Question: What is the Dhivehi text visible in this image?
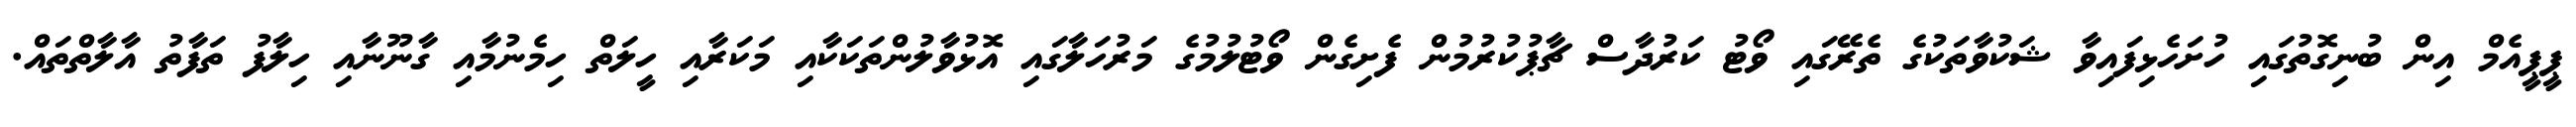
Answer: ޕީޕީއެމް އިން ބުނިގޮތުގައި ހުށަހެޅިފައިވާ ޝަކުވާތަކުގެ ތެރޭގައި ވޯޓު ކަރުދާސް ޗާޕުކުރުމުން ފެށިގެން ވޯޓުލުމުގެ މަރުހަލާގައި އޮޅުވާލުންތަކަކާއި މަކަރާއި ހީލަތް ހިމެނުމާއި ގާނޫނާއި ހިލާފު ތަފާތު އާލާތްތައް.